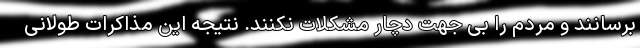
برسانند و مردم را بی جهت دچار مشکلات نکنند. نتیجه این مذاکرات طولانی